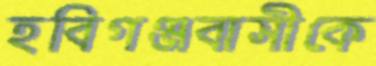
হবিগঞ্জবাসীকে